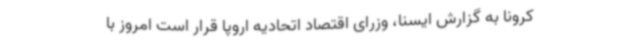
کرونا به گزارش ایسنا، وزرای اقتصاد اتحادیه اروپا قرار است امروز با